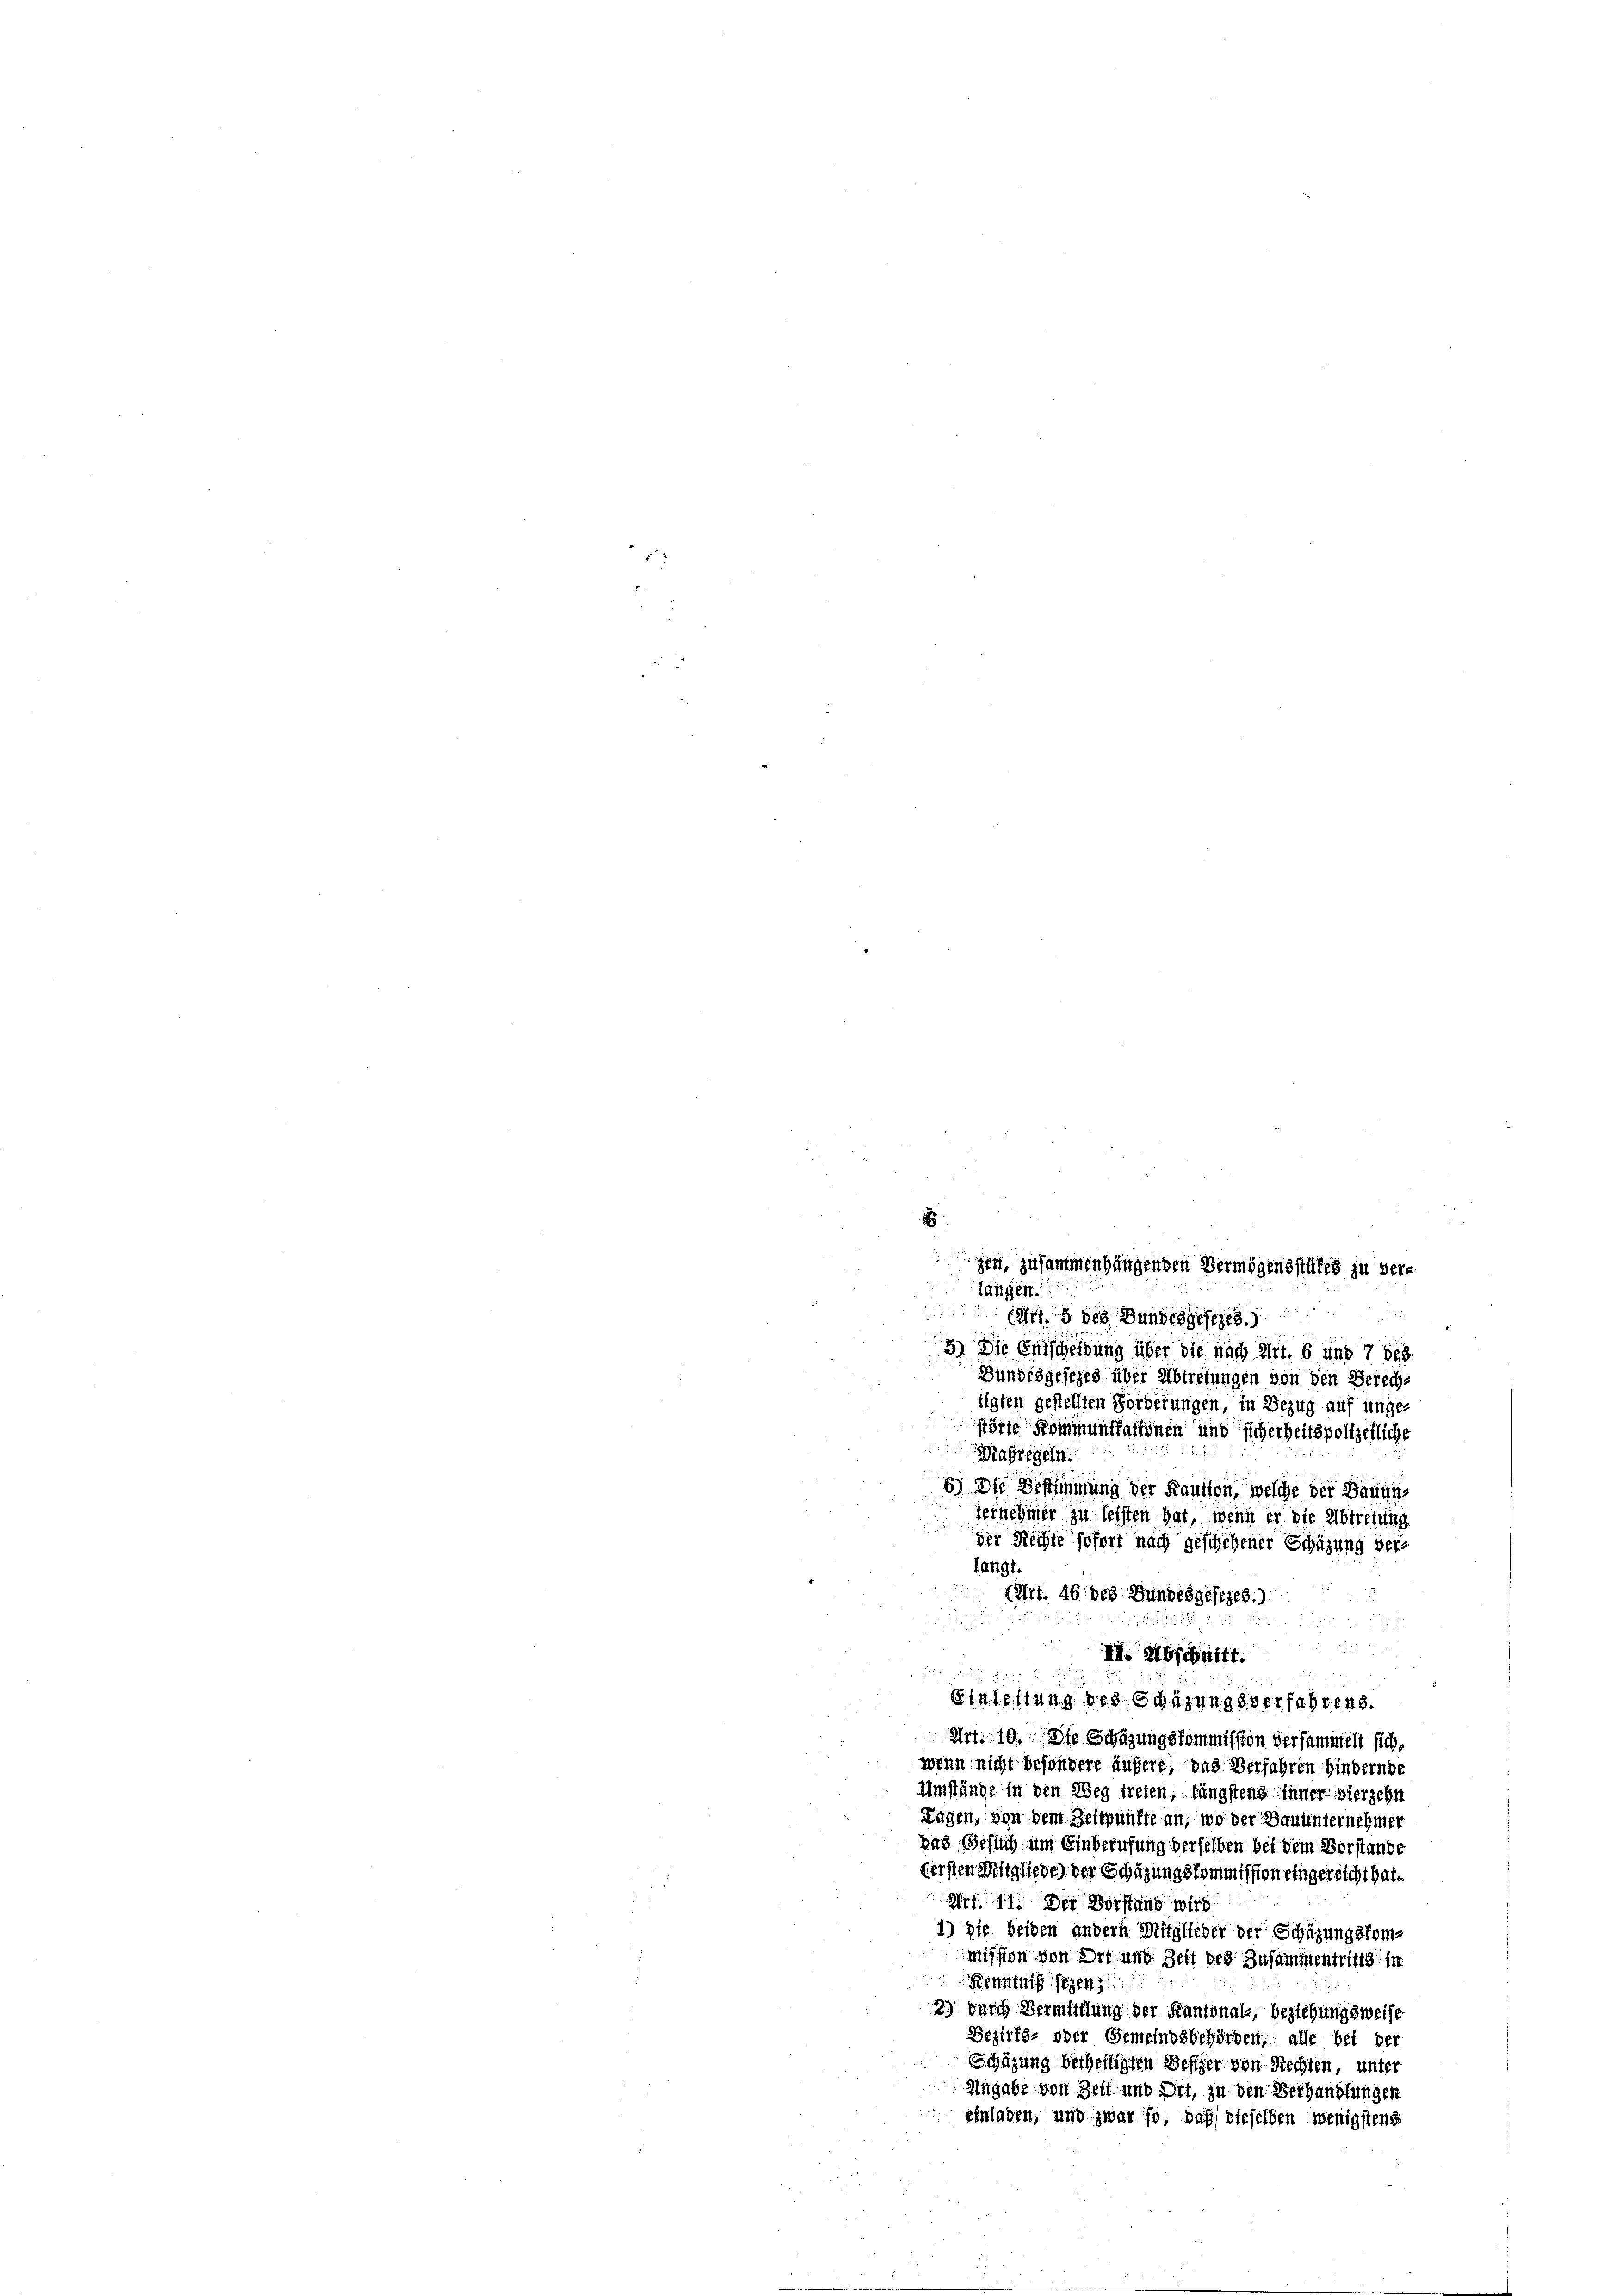
zen, zusammenhängenden Vermögensstükes zu vera
e
langen.

 8 des Bundesgesezes
5) Die Entscheidung über die nach Art. 6 und 7 des
Bundesgesezes über Abtretungen von den Berechtigten gestellten Forderungen, in Bezug auf unge-
störte Kommenstattenen und sicherheitspolizeiliche
asregeln
6) Die Bestimmung der Kaution, welche der Bauins
ternehmer zu leisten hat, wenn er die Abtretung
Der Rechte sofort nach geschehener Schazung verfängt
(Art. 46 des Hundesgesezes.)

II. Abschnitt.
  12 x

Einleitung des Schazungsverfahrend.
Art. 10. Die Schazungskommission versammelt sich
wenn nicht besondere äußere, das Verfahren hindernde
Umstände in den Weg treten, längstens Inner hierzehn
Lügen, von dem Zeitpunkte an, wo der Denunternehmer
das Gesuch um Einberufung derselben bei dem Vorstande
fersten Mitglieder der Schüzungskommission eingereicht hat.
Art. 11. Der Vorstand wird
1) Die beiden andern Mitglieder der Schüzungskommission von Ort und Zeit des Zusammentritts in
Kenntniß gegen
2) durch Vermuthung der Kantonals, beziehungsweise
Bezirks- oder Gemeindsbehörden, alle bei der
Schüzung betheiligten Besizer von Rechten, unter
Angabe von Zeit und Ort, zu den Verhandlungen
einladen, und zwar so, daß dieselben wenigstens

2